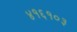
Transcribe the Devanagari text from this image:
४१६१०३